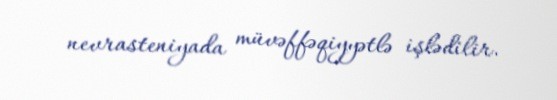
nevrasteniyada müvəffəqiyyətlə işlədilir.